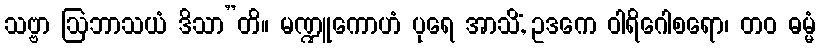
သဗ္ဗာ ဩဘာသယံ ဒိသာ”တိ။ မဏ္ဍူကောဟံ ပုရေ အာသိံ, ဥဒကေ ဝါရိဂေါစရော၊ တဝ ဓမ္မံ